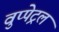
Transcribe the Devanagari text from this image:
वुप्‍पेट्रल